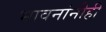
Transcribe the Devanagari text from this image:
भावनांनीही